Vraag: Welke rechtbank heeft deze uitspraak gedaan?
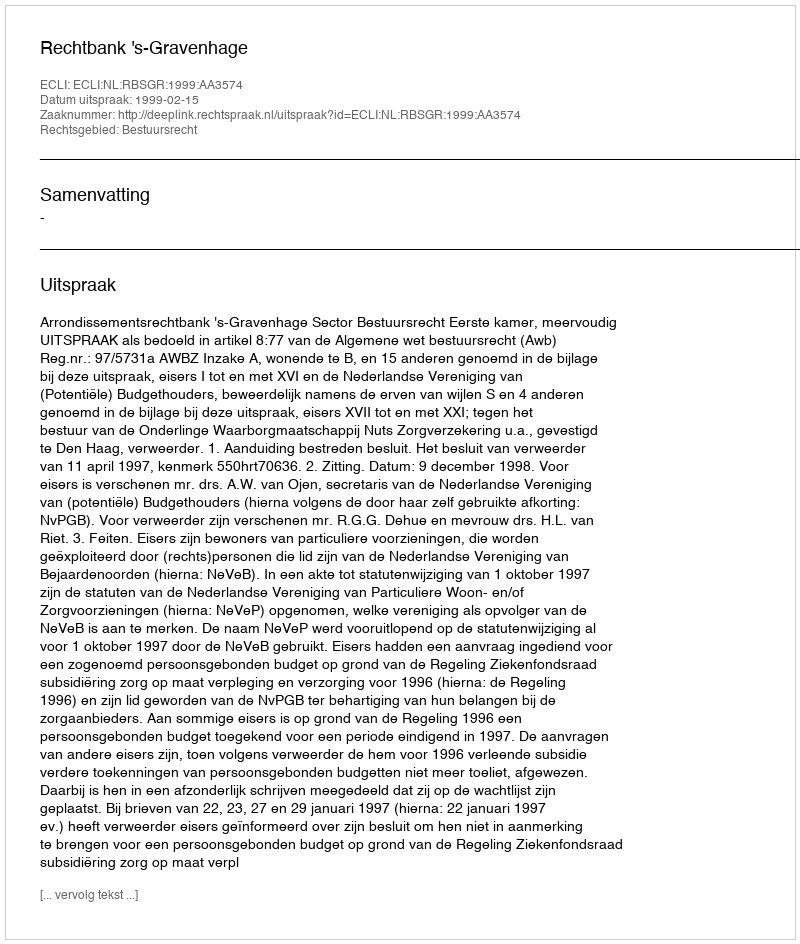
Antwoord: Rechtbank 's-Gravenhage